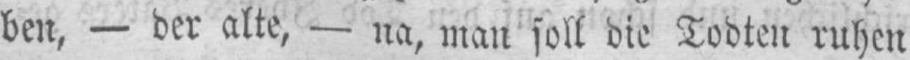
ben, - der alte, - na, man soll die Todten ruhen